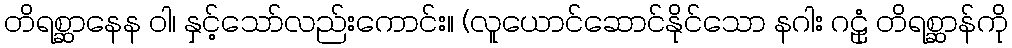
တိရစ္ဆာနေန ဝါ၊ နှင့်သော်လည်းကောင်း။ (လူယောင်ဆောင်နိုင်သော နဂါး ဂဠုံ တိရစ္ဆာန်ကို